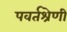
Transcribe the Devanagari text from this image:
पवर्तश्रेणी